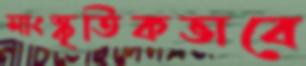
সাংস্কৃতিকভাবে